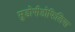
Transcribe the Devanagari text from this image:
सुडोपीडोफिलिया